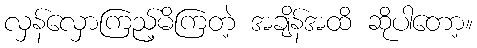
လှန်လှောကြည့်မိကြတဲ့ အချိန်အထိ ဆိုပါတော့။